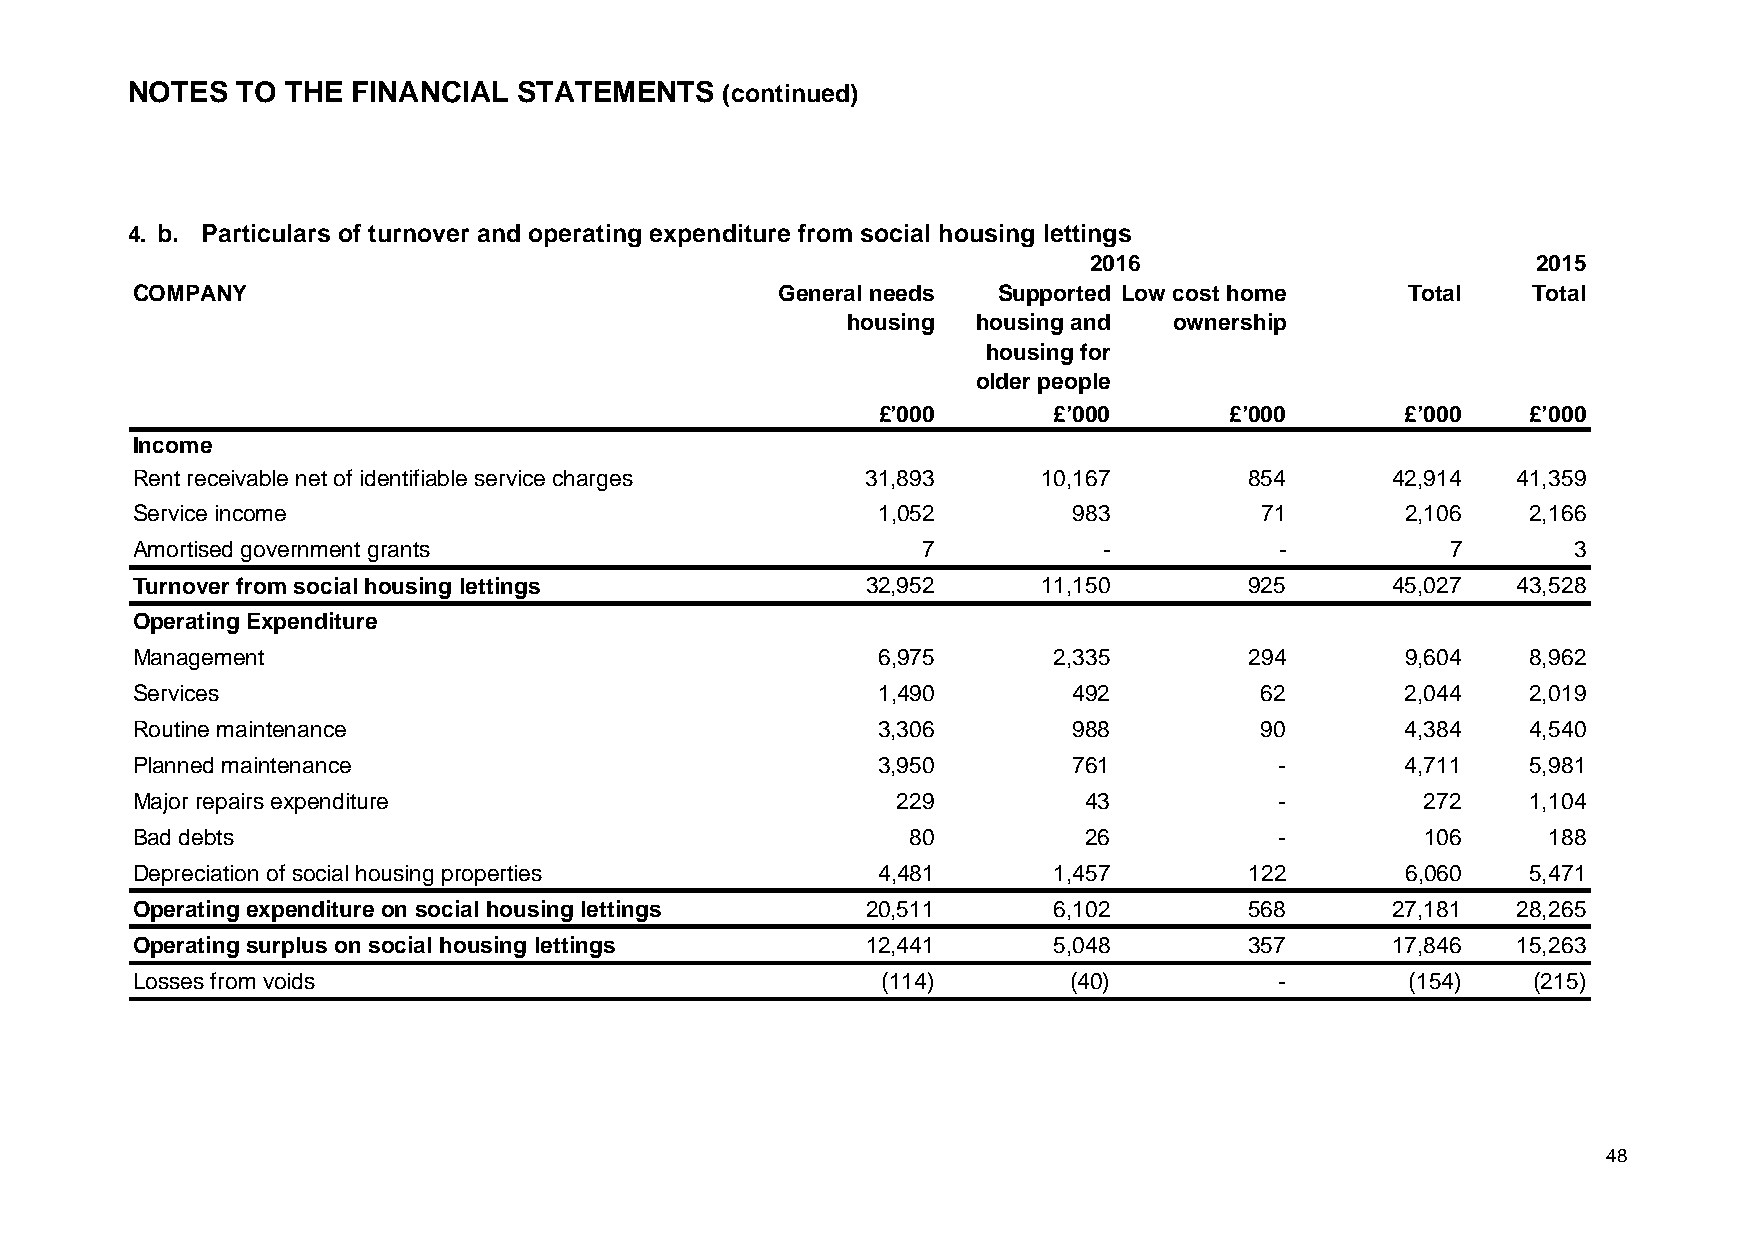
NOTES   TO THE FINANCIAL  STATEMENTS    (continued)
 4. b. Particulars of turnover and operating expenditure from social housing lettings
 2016                          2015
 COMPANY                                    General needs Supported Low cost home    Total   Total
 housing  housing and  ownership
 housing for
 older people
 £’000       £’000      £’000       £’000   £’000
 Income
 Rent receivable net of identifiable service charges 31,893  10,167        854      42,914  41,359
 Service income                                   1,052        983         71        2,106   2,166
 Amortised government grants                         7           -           -          7       3
 Turnover from social housing lettings           32,952      11,150        925      45,027  43,528
 Operating Expenditure
 Management                                       6,975       2,335        294       9,604   8,962
 Services                                         1,490        492         62        2,044   2,019
 Routine maintenance                              3,306        988         90        4,384   4,540
 Planned maintenance                              3,950        761           -       4,711   5,981
 Major repairs expenditure                         229          43           -        272    1,104
 Bad debts                                          80          26           -        106      188
 Depreciation of social housing properties        4,481       1,457        122       6,060   5,471
 Operating expenditure on social housing lettings 20,511      6,102        568      27,181  28,265
 Operating surplus on social housing lettings    12,441       5,048        357      17,846  15,263
 Losses from voids                                (114)        (40)          -       (154)   (215)
 48